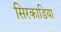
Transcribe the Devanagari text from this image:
सिरकाडिया